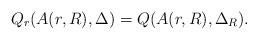
LaTeX: \begin{align*}Q_r(A(r,R),\Delta)=Q(A(r,R),\Delta_R).\end{align*}